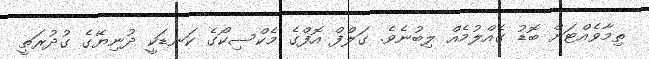
ތިމާވެއްޓަށް ބޮޑު ގެއްލުމެއް ލިބުނެވެ. ގަލްފް އޮފްގެ މެކްސިކޯގެ ކަނޑަކީ ދުނިޔޭގެ ގުދުރަތީ